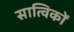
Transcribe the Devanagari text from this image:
सात्विकों